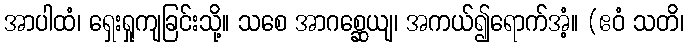
အာပါထံ၊ ရှေးရှုကျခြင်းသို့။ သစေ အာဂစ္ဆေယျ၊ အကယ်၍ရောက်အံ့။ (ဧဝံ သတိ၊